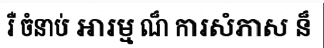
រឺ ចំនាប់ អារម្ម ណ៏ ការសំភាស ន៏